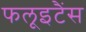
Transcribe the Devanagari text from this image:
फलूइटैंस